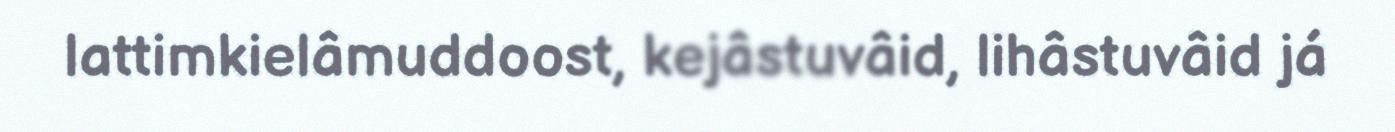
lattimkielâmuddoost, kejâstuvâid, lihâstuvâid já